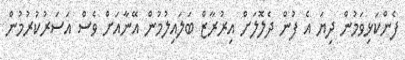
ފެންކަޅިވަމުން ދިޔަ އެ ފުން ދެލޮލަށް އިރުރާޒް ބަލައިލުމުން އޭނާއަށް ވެސް އަސަރުކުރުމުން